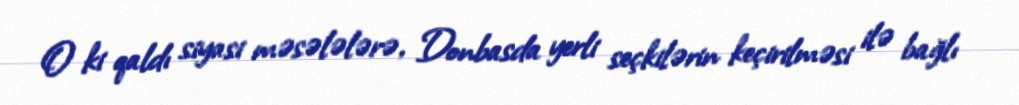
O ki qaldı siyasi məsələlərə, Donbasda yerli seçkilərin keçirilməsi ilə bağlı